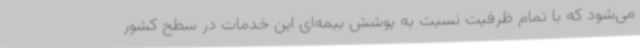
می‌شود که با تمام ظرفیت نسبت به پوشش بیمه‌ای این خدمات در سطح کشور